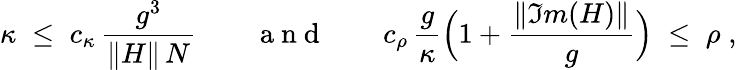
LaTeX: \kappa\; \leq\; c_{\kappa}\, \frac{g^{3}}{\| H\| \, N}\qquad\mathrm{~a~n~d~}\qquad c_{\rho}\, \frac{g}{\kappa}\Big(1+\frac{\| \Im m(H)\| }{g}\Big)\; \leq\; \rho\; ,